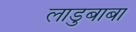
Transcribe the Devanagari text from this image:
लाडुबाबा